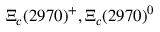
\Xi _ { c } ( 2 9 7 0 ) ^ { + } , \Xi _ { c } ( 2 9 7 0 ) ^ { 0 }